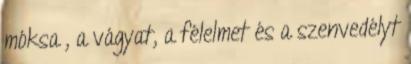
móksa , a vágyat, a félelmet és a szenvedélyt